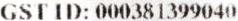
GST ID: 000381399040